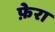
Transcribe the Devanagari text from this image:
फ़ेरा